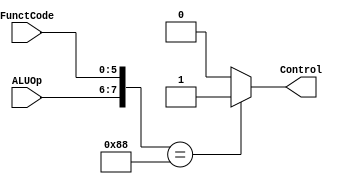
`timescale 1ns / 1ps
//////////////////////////////////////////////////////////////////////////////////
// Company: 
// Engineer: 
// 
// Design Name: 
// Module Name: JRControl
// Project Name: 
// Target Devices: 
// Tool Versions: 
// Description: 
// 
// Dependencies: 
// 
// Revision:
// Revision 0.01 - File Created
// Additional Comments:
// 
//////////////////////////////////////////////////////////////////////////////////


module JRControl(Control, ALUOp, FunctCode);
input [1:0] ALUOp;
input [5:0] FunctCode;
output Control;

assign Control = ({ALUOp,FunctCode} == 8'b10001000) ? 1'b1 : 1'b0;
endmodule